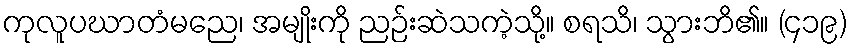
ကုလူပဃာတံမညေ၊ အမျိုးကို ညဉ်းဆဲသကဲ့သို့။ စရသိ၊ သွားဘိ၏။ (၄၁၉)